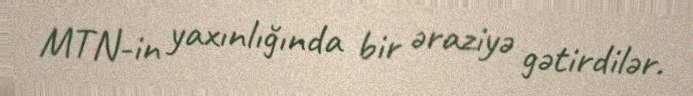
MTN-in yaxınlığında bir əraziyə gətirdilər.